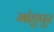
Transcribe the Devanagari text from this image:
मांडुपुर